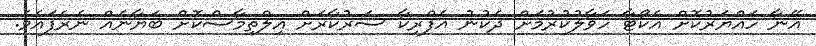
އޭނާ ހައްޔަރުކޮށް އެކޯޓާ ހަވާލުކުރުމަށް ދެކުނު އެފްރިކާ ސަރުކާރަށް އިލްތިމާސްކޮށް ބަޔާނެއް ނެރެފައެވެ.